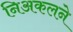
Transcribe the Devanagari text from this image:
निअकलने